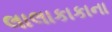
લાલાકાકાના